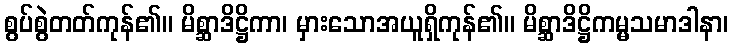
စွပ်စွဲတတ်ကုန်၏။ မိစ္ဆာဒိဋ္ဌိကာ၊ မှားသောအယူရှိကုန်၏။ မိစ္ဆာဒိဋ္ဌိကမ္မသမာဒါနာ၊